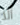
ألا